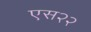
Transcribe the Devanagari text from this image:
एस२२